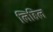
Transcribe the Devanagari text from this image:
लिहिल